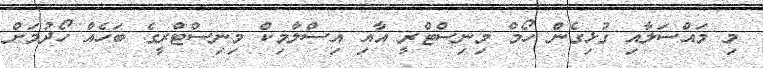
މި މައްސަލާއި ގުޅިގެން ހޯމް މިނިސްޓްރީ އާއި އިސްލާމިކް މިނިސްޓްރީގެ ބަހެއް ހޯދުމަށް